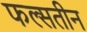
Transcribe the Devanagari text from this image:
फल्सतीन